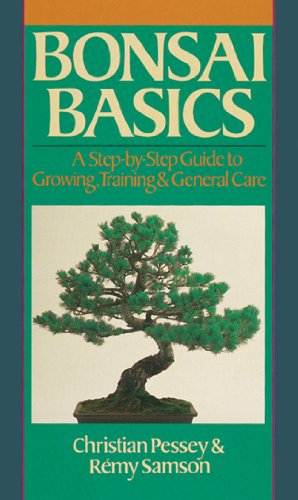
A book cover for Bonsai Basics: A Step-By-Step Guide To Growing, Training & General Care; Christian Pessey; Crafts, Hobbies & Home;